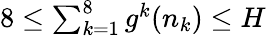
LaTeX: \begin{array}{r}{8\le\sum_{k=1}^{8}g^{k}(n_{k})\le H}\end{array}